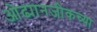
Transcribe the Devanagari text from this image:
ओढ्यानजीकच्या